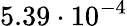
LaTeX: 5.39\cdot 10^{-4}